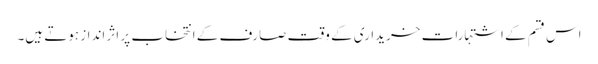
اس قسم کے اشتہارات خریداری کے وقت صارف کے انتخاب پر اثر انداز ہوتے ہیں۔